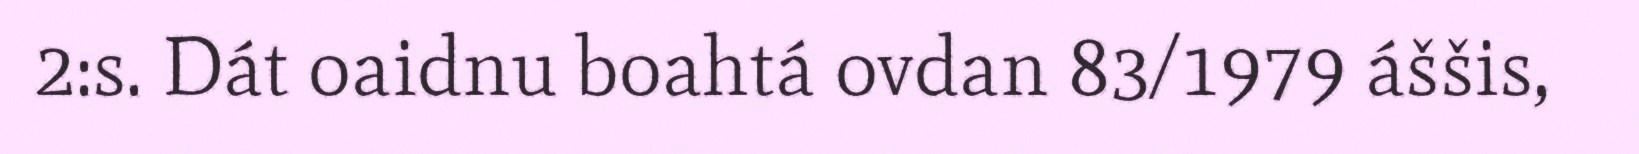
2:s. Dát oaidnu boahtá ovdan 83/1979 áššis,